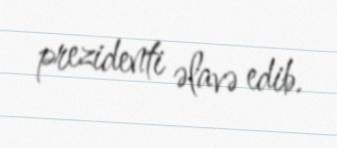
prezidenti əlavə edib.